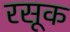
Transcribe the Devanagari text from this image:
रसूक